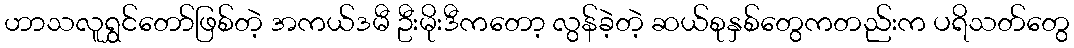
ဟာသလူရွှင်တော်ဖြစ်တဲ့ အကယ်ဒမီ ဦးမိုးဒီကတော့ လွန်ခဲ့တဲ့ ဆယ်စုနှစ်တွေကတည်းက ပရိသတ်တွေ